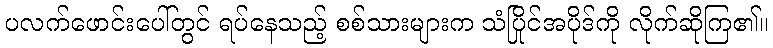
ပလက်ဖောင်းပေါ်တွင် ရပ်နေသည့် စစ်သားများက သံပြိုင်အပိုဒ်ကို လိုက်ဆိုကြ၏။